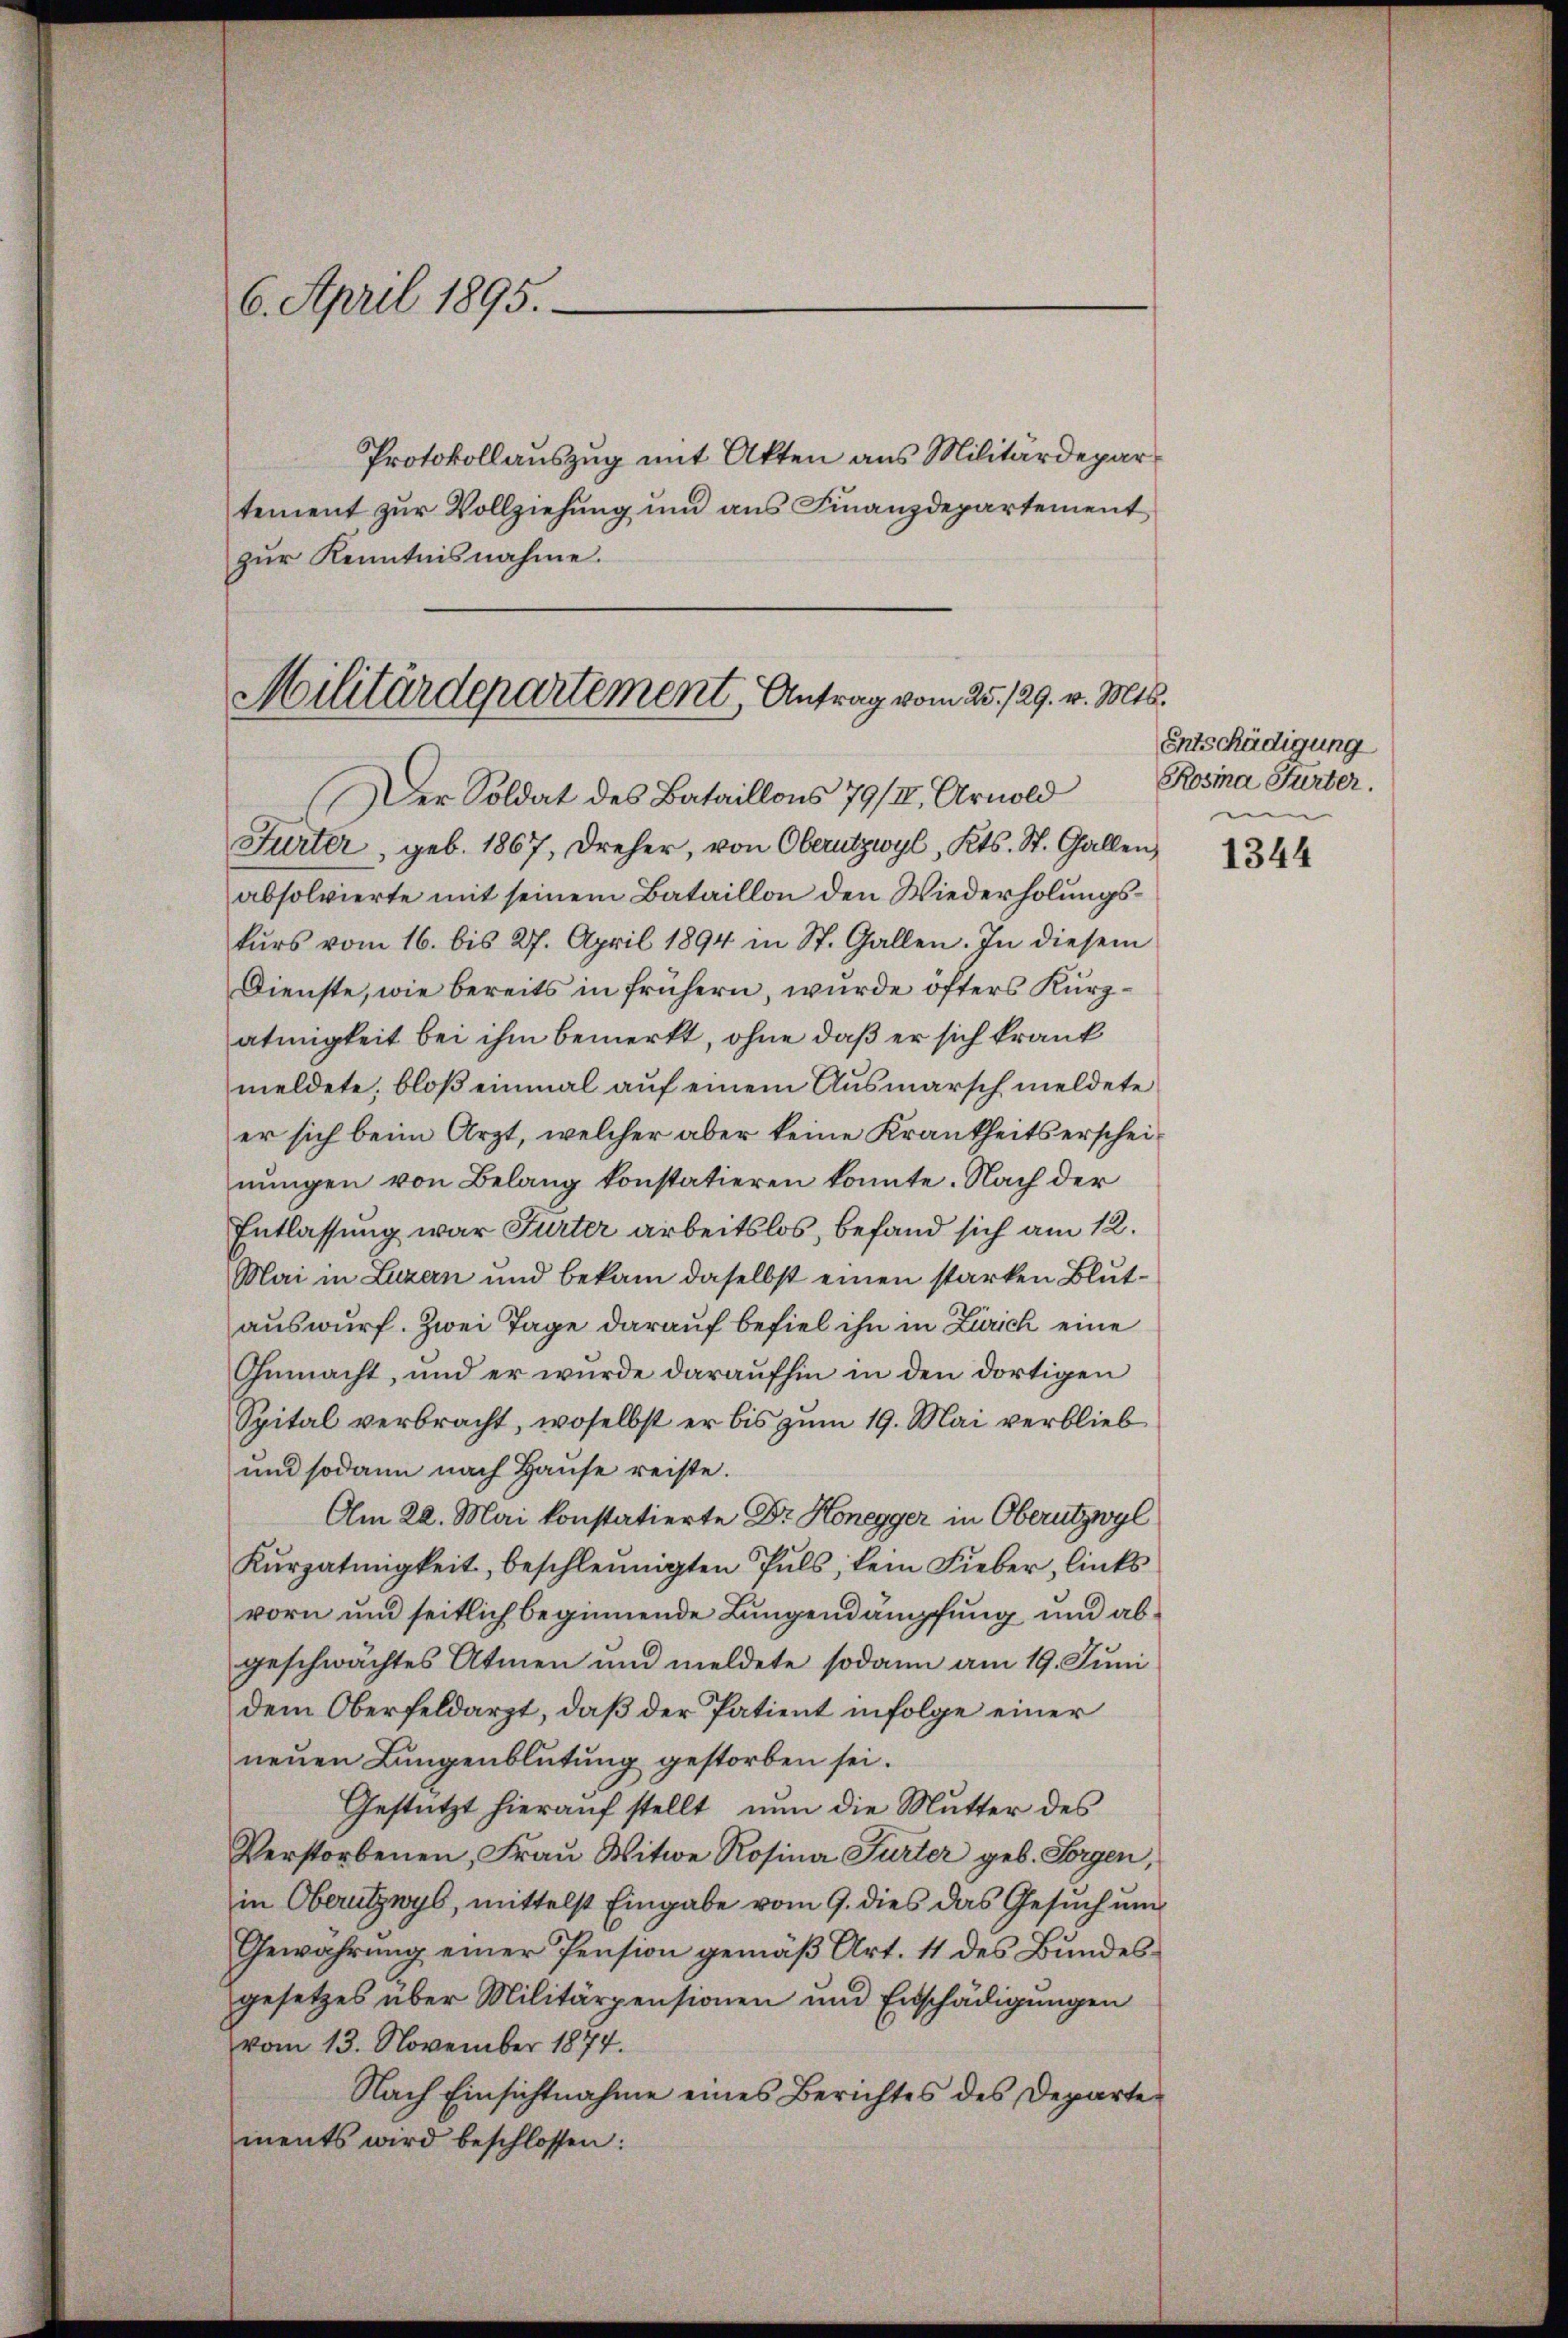
6. April 1895.
zŭr Kenntnisnahme.

Protokollauszug mit Akten aus Militärdepartement zur Vollziehung und aus Finanzdepartement

Militärdepartement, Antrag vom 25. 129. v. Mts.
Der Soldat des Bataillons 79/II, Arnold

Gurter, geb. 1867, dreher, von Oberutzwyl, Kts. St. Gallen,
absolvierte mit seinem Bataillon den Wiederholungskŭrs vom 16. bis 27. April 1894 in St. Gallen. In diesem
Dienste, wie bereits in frühern, wurde öfters Kurzatmigkeit bei ihm bemerkt, ohne daß er sich krank
meldete, bloß einmal auf einem Ausmarsch meldete
er sich beim Arzt, welcher aber keine Krankheitserscheinungen von Belang konstatieren konnte. Nach der
Entlassung war Furter arbeitslos, befand sich am 12.
Mai in Luzern und bekam daselbst einen starken Blutauswurf. Zwei Tage darauf befiel ihn in Zürich eine
Gemacht, und er wurde daraufhin in den dortigen
Spital verbracht, woselbst er bis zum 19. Mai verblieb
und sodann nach Hause reiste.
Am 22. Mai konstatierte Dr. Honegger in Oberutzwyl
Kŭrzatinigkeit, beschleunigten Puls, kein Fieber, links
vorn und seitlich beginnende Lungendämpfung und abgeschwächtes Atmen und meldete sodann am 19. Juni
dem Oberfeldarzt, daß der Patient infolge einer
neŭen Lungenblütŭng gestorben sei.
Gestützt hierauf stellt, nun die Mutter des
Verstorbenen, Frau Witwe Rosina Furter geb. Sorgen,
in Oberutzwyl, mittelst Eingabe vom 9. dies das Gesuch um
Gewährung einer Pension gemäß Art. 41 des Bundesgesetzes über Militärpensionen und Entschädigungen
vom 13. November 1874.
Nach Einsichtnahme eines Berichtes des Departements wird beschlossen:

Entschädigung
Rosina Hurter.

1344